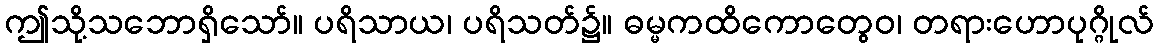
ဤသို့သဘောရှိသော်။ ပရိသာယ၊ ပရိသတ်၌။ ဓမ္မကထိကောတွေဝ၊ တရားဟောပုဂ္ဂိုလ်